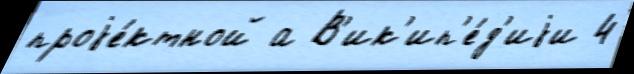
проjе́ктной а В'ик'ип'е́д'иjи 4